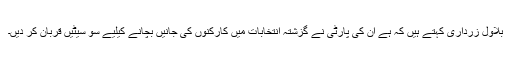
بلاول زرداری کہتے ہیں کہ ہے ان کی پارٹی نے گزشتہ انتخابات میں کارکنوں کی جانیں بچانے کیلیے سو سیٹیں قربان کر دیں۔